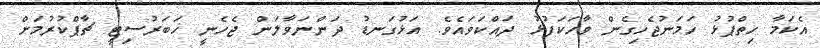
އެކަމާ ހިތްޕުޅު ހަމަނުޖެހިގެން ވާހަކަފުޅު ދައްކަވައެވެ. އަޅުގަނޑު ދަންނަވާލަން ޖެހެނީ ޚަބަރުސިޓީ ޗާޕްކުރުމަށް